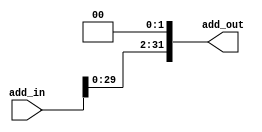
`timescale 1ns / 1ps
//////////////////////////////////////////////////////////////////////////////////
// Company: 
// Engineer: 
// 
// Design Name: 
// Module Name: BIT_SIFT
// Project Name: 
// Target Devices: 
// Tool Versions: 
// Description: 
// 
// Dependencies: 
// 
// Revision:
// Revision 0.01 - File Created
// Additional Comments:
// 
//////////////////////////////////////////////////////////////////////////////////


(* keep_hierarchy = "yes" *) module BIT_SIFT(add_in, add_out);
    input [31:0] add_in;
    output [31:0] add_out;
    
    assign add_out = add_in << 2;
    
endmodule